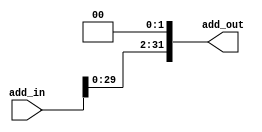
`timescale 1ns / 1ps
//////////////////////////////////////////////////////////////////////////////////
// Company: 
// Engineer: 
// 
// Design Name: 
// Module Name: BIT_SIFT
// Project Name: 
// Target Devices: 
// Tool Versions: 
// Description: 
// 
// Dependencies: 
// 
// Revision:
// Revision 0.01 - File Created
// Additional Comments:
// 
//////////////////////////////////////////////////////////////////////////////////


(* keep_hierarchy = "yes" *) module BIT_SIFT(add_in, add_out);
    input [31:0] add_in;
    output [31:0] add_out;
    
    assign add_out = add_in << 2;
    
endmodule